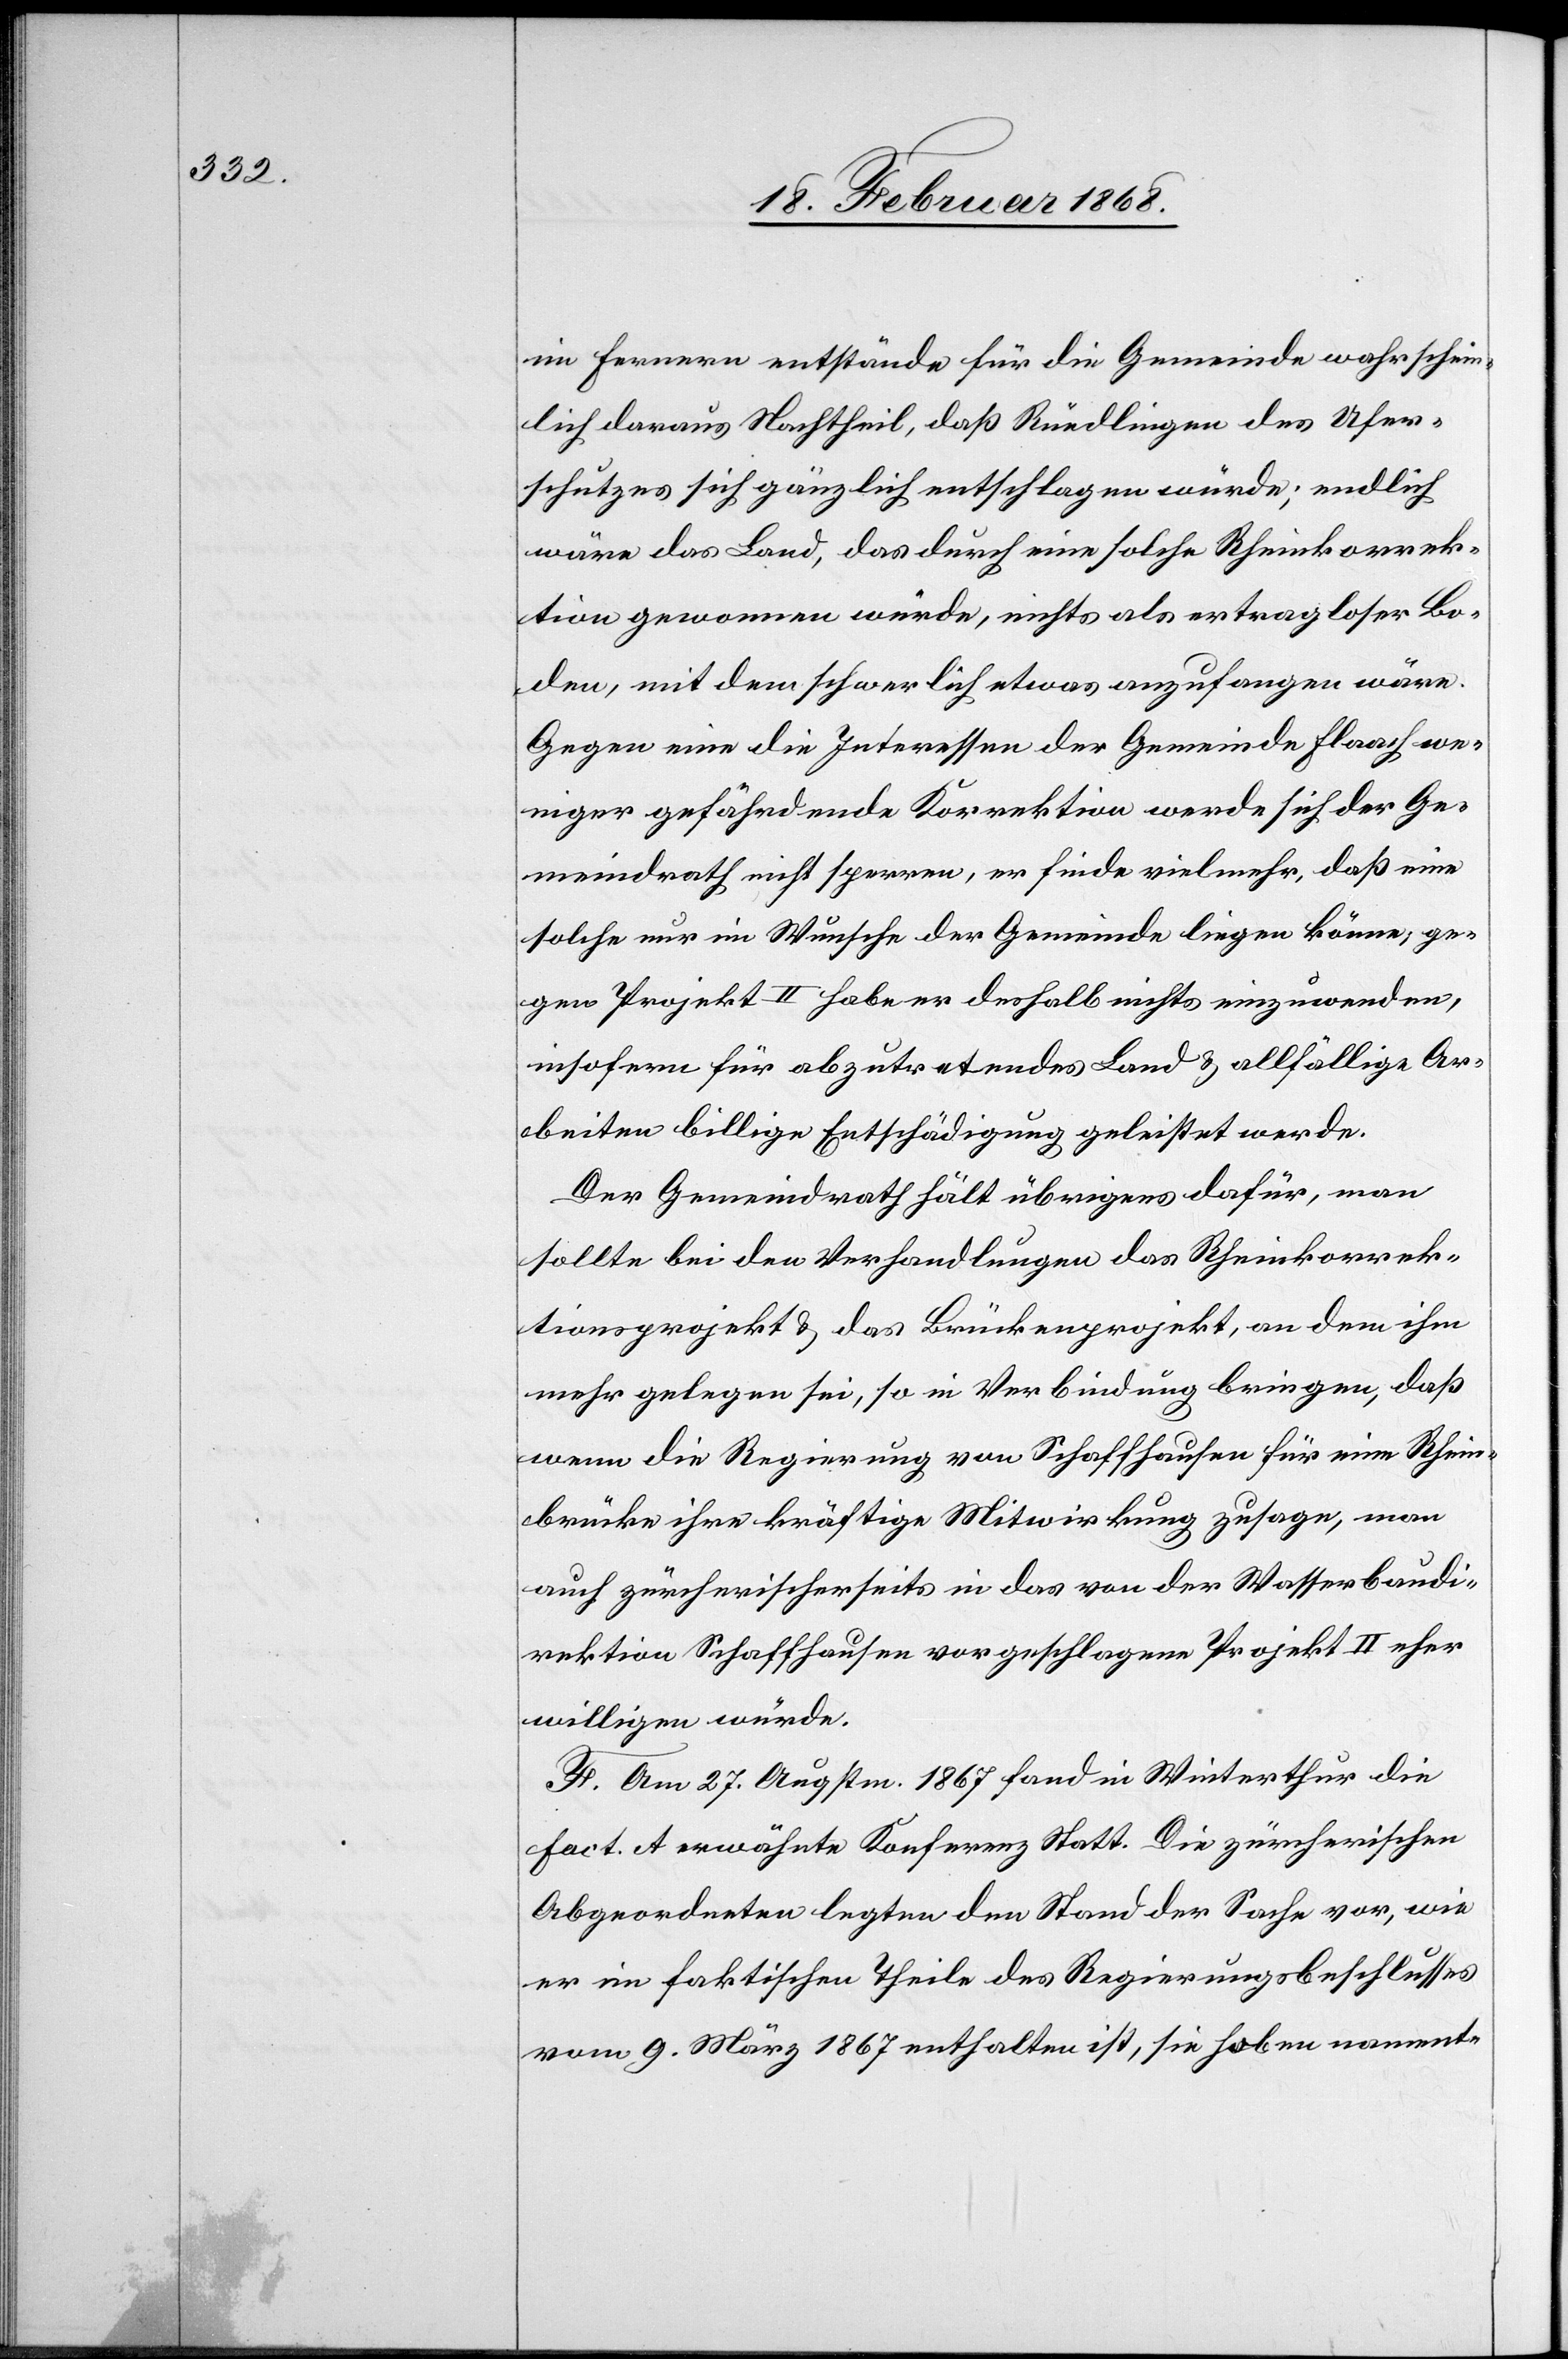
im Fernern entstände für die Gemeinde wahrschein¬
lich daraus Nachtheil, daß Rüedlingen des Ufer¬
schutzes sich gänzlich entschlagen würde; endlich
wäre das Land, das durch eine solche Rheinkorrek¬
tion gewonnen würde, nichts als ertragloser Bo¬
den, mit dem schwerlich etwas anzufangen wäre.
Gegen eine die Interessen der Gemeinde Flaach we¬
niger gefährdende Korrektion werde sich der Ge¬
meindrath nicht sperren, er finde vielmehr, daß eine
solche nur im Wunsche der Gemeinde liegen könne; ge¬
gen Projekt II habe er deshalb nichts einzuwenden,
insofern für abzutretendes Land & allfällige Ar¬
beiten billige Entschädigung geleistet werde.
Der Gemeindrath hält übrigens dafür, man
sollte bei den Verhandlungen das Rheinkorrek¬
tionsprojekt & das Brückenprojekt, an dem ihm
mehr gelegen sei, so in Verbindung bringen, daß
wenn die Regierung von Schaffhausen für eine Rhein¬
brücke ihre kräftige Mitwirkung zusage, man
auch zürcherischerseits in das von der Wasserbaudi¬
rektion Schaffhausen vorgeschlagene Projekt II eher
willigen würde.
F. Am 27. Augstm. 1867 fand in Winterthur die
Fact. A erwähnte Konferenz Statt. Die zürcherischen
Abgeordneten legten den Stand der Sache vor, wie
er im faktischen Theile des Regierungsbeschlusses
vom 9. März 1867 enthalten ist, sie hoben nament-